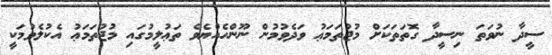
ސީދާ ނުވަތަ ނިސީދާ ގޮތަތަކަށް މުޖުތަމަޢު ވަދެވުމުން ނޫންހެއްޔެވެ ތަޢުލީމުގައި މުޖުތަމަޢު އެކުލެވުމަކީ